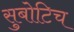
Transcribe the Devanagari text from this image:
सुबोटिच